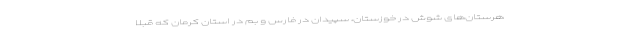
هرستان‌های شوش در خوزستان، سپیدان در فارس و بم در استان کرمان که قبلا